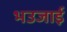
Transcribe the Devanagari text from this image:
भउजाई